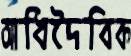
আধিদৈবিক